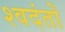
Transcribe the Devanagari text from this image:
श्वदंतों